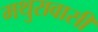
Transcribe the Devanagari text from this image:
मथुरावासी